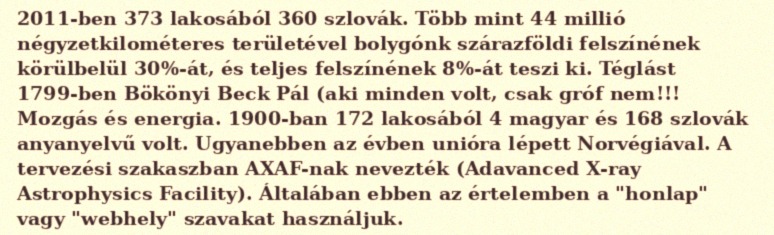
2011-ben 373 lakosából 360 szlovák. Több mint 44 millió négyzetkilométeres területével bolygónk szárazföldi felszínének körülbelül 30%-át, és teljes felszínének 8%-át teszi ki. Téglást 1799-ben Bökönyi Beck Pál (aki minden volt, csak gróf nem!!! Mozgás és energia. 1900-ban 172 lakosából 4 magyar és 168 szlovák anyanyelvű volt. Ugyanebben az évben unióra lépett Norvégiával. A tervezési szakaszban AXAF-nak nevezték (Adavanced X-ray Astrophysics Facility). Általában ebben az értelemben a "honlap" vagy "webhely" szavakat használjuk.